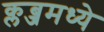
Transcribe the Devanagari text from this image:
क्लब्जमध्ये